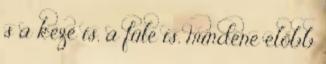
s a keze is, a füle is, mindene előbb